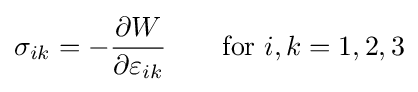
\sigma _{ik}=-{\frac {\partial W}{\partial \varepsilon _{ik}}}\qquad {\text{for }}i,k=1,2,3